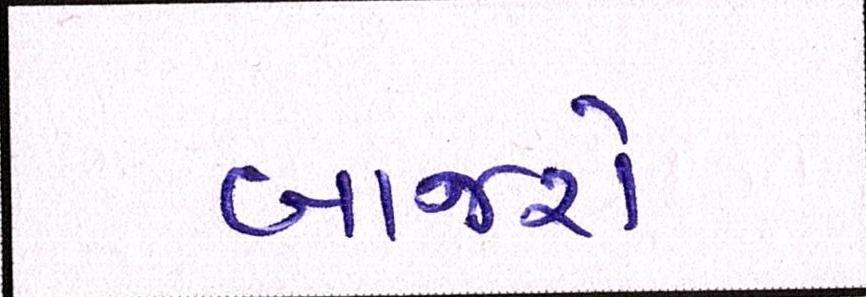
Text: બાજરો